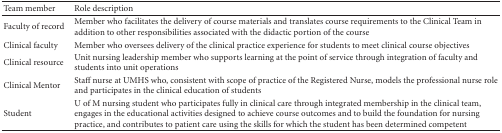
| Team member | Role description |
 | --- | --- |
 | Faculty of record | Member who facilitates the delivery of course materials and translates course requirements to the Clinical Team in addition to other responsibilities associated with the didactic portion of the course |
 | Clinical faculty | Member who oversees delivery of the clinical practice experience for students to meet clinical course objectives |
 | Clinical resource | Unit nursing leadership member who supports learning at the point of service through integration of faculty and students into unit operations |
 | Clinical Mentor | Staff nurse at UMHS who, consistent with scope of practice of the Registered Nurse, models the professional nurse role and participates in the clinical education of students |
 | Student | U of M nursing student who participates fully in clinical care through integrated membership in the clinical team, engages in the educational activities designed to achieve course outcomes and to build the foundation for nursing practice, and contributes to patient care using the skills for which the student has been determined competent |